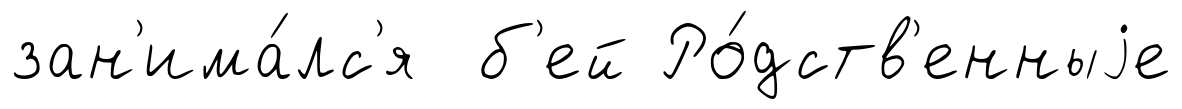
зан'има́лс'я б'ей Ро́дств'енныjе